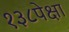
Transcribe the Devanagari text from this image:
१३८पेक्षा